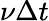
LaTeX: \nu\Delta t